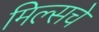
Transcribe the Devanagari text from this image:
मिल्सचे